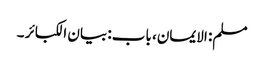
مسلم: الایمان، باب: بیان الکبائر ۔